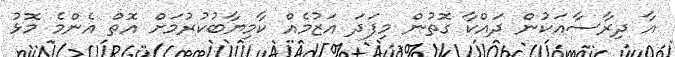
އާ ދިރާސާއަކުން ދައްކާ ގޮތުން މިފަދަ އަޒުމެއް ކާމިޔާބުކުރުމަށް އޮތް އެންމެ މޮޅު